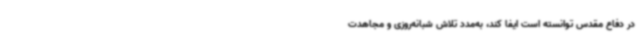
در دفاع مقدس توانسته است ایفا کند، به‌مدد تلاش شبانه‌روزی و مجاهدت